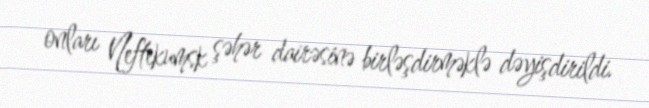
onları Neftekumsk şəhər dairəsinə birləşdirməklə dəyişdirildi.